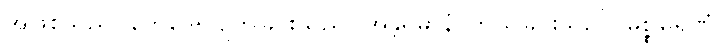
အဖြစ်သည်။ ဘေဒေါ၊ ပျက်ခြင်းသည်။ အန္တရဓာနံ၊ ကွယ်ခြင်းသည်။ မစ္စုမရဏံ၊